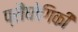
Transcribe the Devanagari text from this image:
प्रौघोगिकी